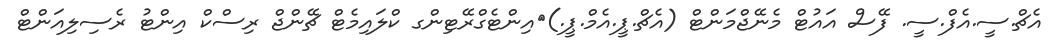
އެޗް.ސީ.އެފް.ސީ. ފޭސް އައުޓް މެނޭޖްމަންޓް (އެޗް.ޕީ.އެމް.ޕީ.)	އިންޓެގްރޭޓިންގ ކްލައިމެޓް ޗޭންޖް ރިސްކް އިންޓު ރެސިލިއަންޓް